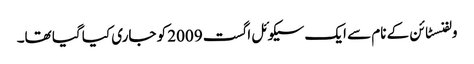
ولفنسٹائن کے نام سے ایک سیکوئل اگست 2009 کو جاری کیا گیا تھا۔